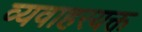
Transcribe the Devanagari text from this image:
व्यवाहरयक्त